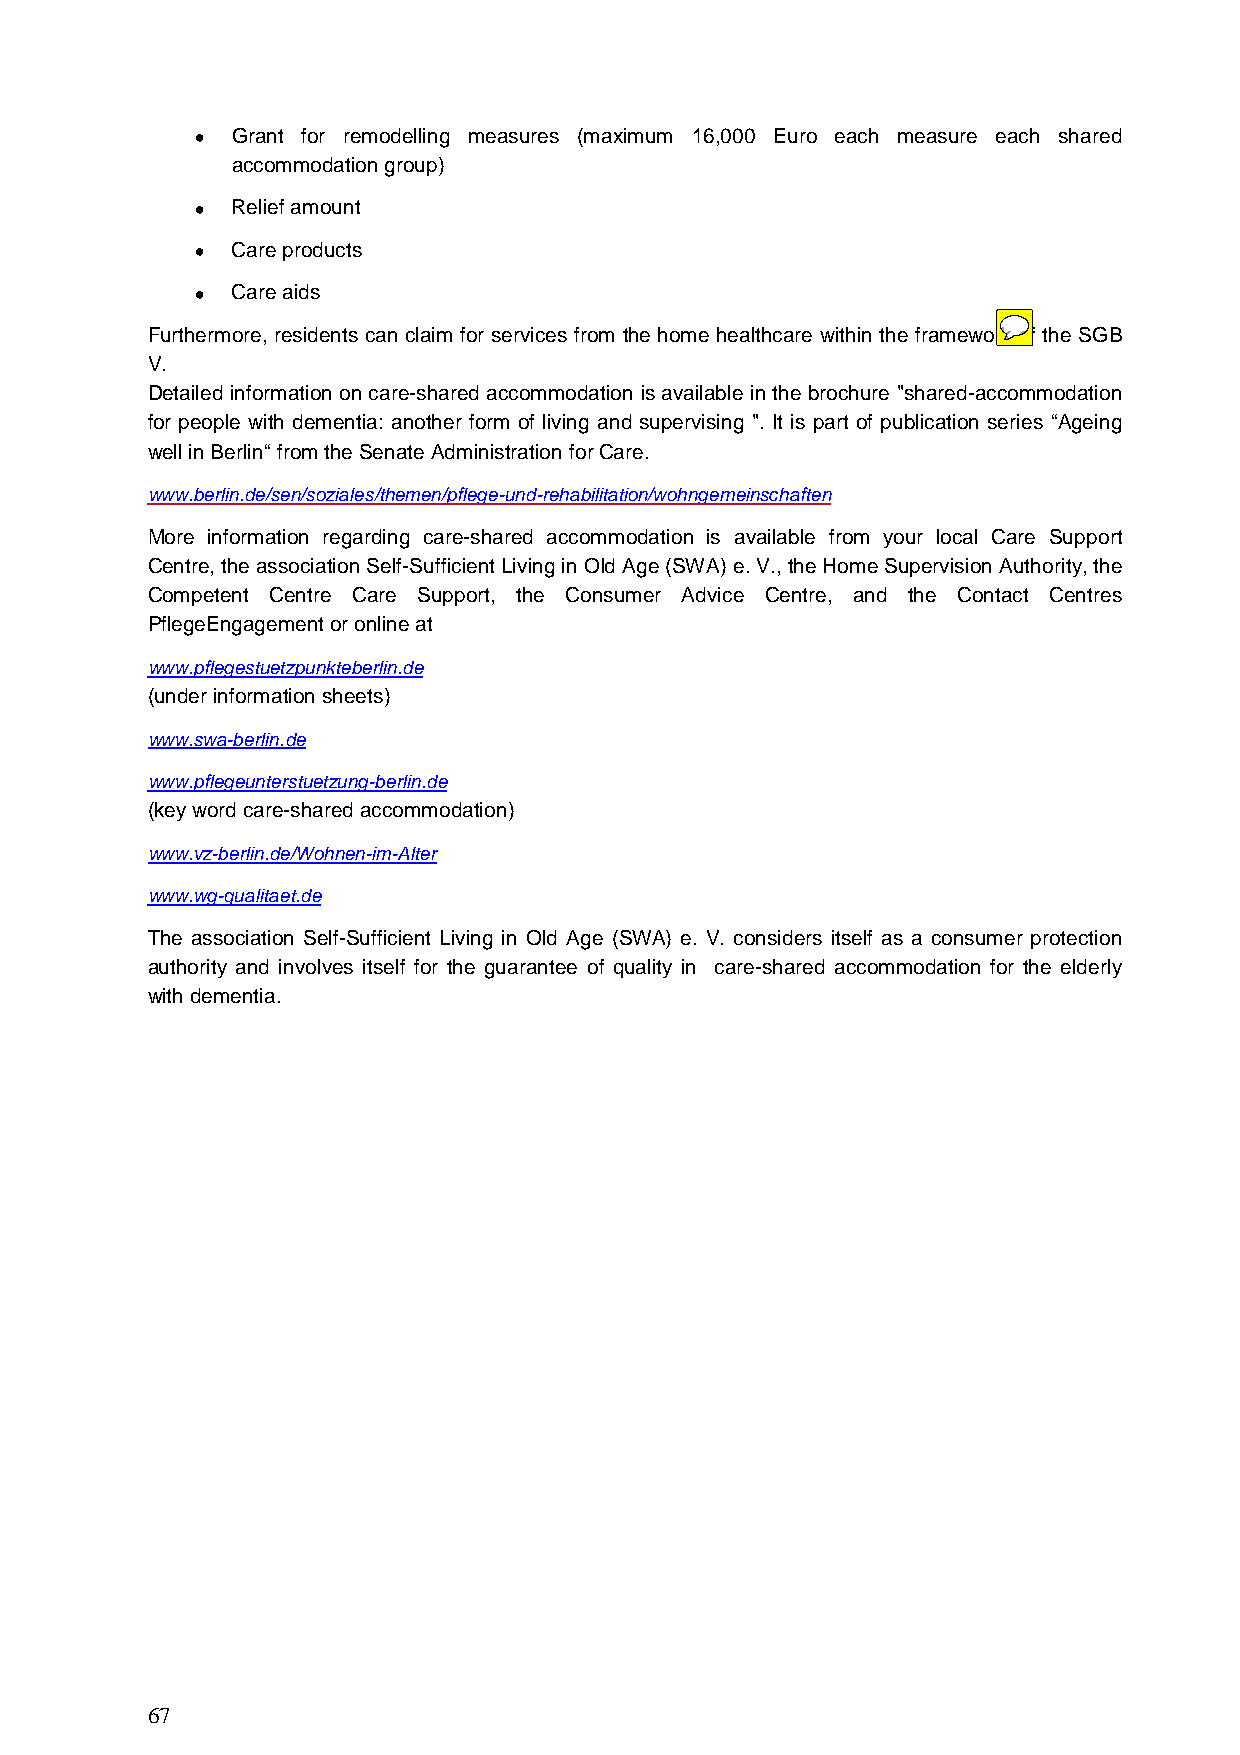
• Grant for remodelling measures (maximum 16,000 Euro each measure each shared
 accommodation group)
 • Relief amount
 • Care products
 • Care aids
 Furthermore, residents can claim for services from the home healthcare within the framework of the SGB
 V.
 Detailed information on care-shared accommodation is available in the brochure "shared-accommodation
 for people with dementia: another form of living and supervising ". It is part of publication series “Ageing
 well in Berlin“ from the Senate Administration for Care.
 www.berlin.de/sen/soziales/themen/pflege-und-rehabilitation/wohngemeinschaften
 More information regarding care-shared accommodation is available from your local Care Support
 Centre, the association Self-Sufficient Living in Old Age (SWA) e. V., the Home Supervision Authority, the
 Competent Centre Care Support, the Consumer Advice Centre, and the Contact Centres
 PflegeEngagement or online at
 www.pflegestuetzpunkteberlin.de
 (under information sheets)
 www.swa-berlin.de
 www.pflegeunterstuetzung-berlin.de
 (key word care-shared accommodation)
 www.vz-berlin.de/Wohnen-im-Alter
 www.wg-qualitaet.de
 The association Self-Sufficient Living in Old Age (SWA) e. V. considers itself as a consumer protection
 authority and involves itself for the guarantee of quality in care-shared accommodation for the elderly
 with dementia.
 67